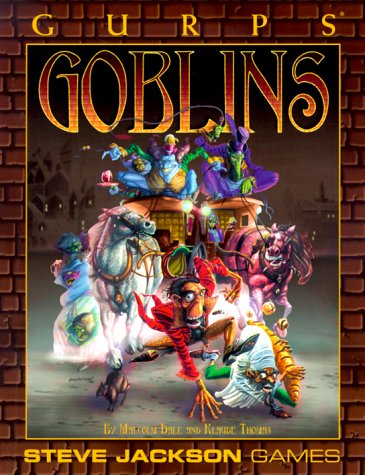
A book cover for GURPS Goblins (GURPS: Generic Universal Role Playing System); Malcolm Dale; Science Fiction & Fantasy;